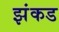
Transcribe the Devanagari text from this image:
झंकड